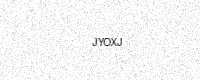
Text: JYOXJ